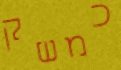
כמשק